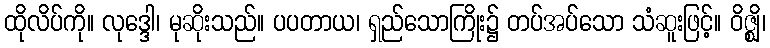
ထိုလိပ်ကို။ လုဒ္ဒေါ၊ မုဆိုးသည်။ ပပတာယ၊ ရှည်သောကြိုး၌ တပ်အပ်သော သံဆူးဖြင့်။ ဝိဇ္ဈိ၊